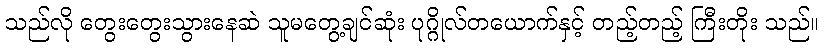
သည်လို တွေးတွေးသွားနေဆဲ သူမတွေ့ချင်ဆုံး ပုဂ္ဂိုလ်တယောက်နှင့် တည့်တည့် ကြီးတိုး သည်။